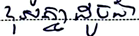
ខុសគ្នាដូចជា